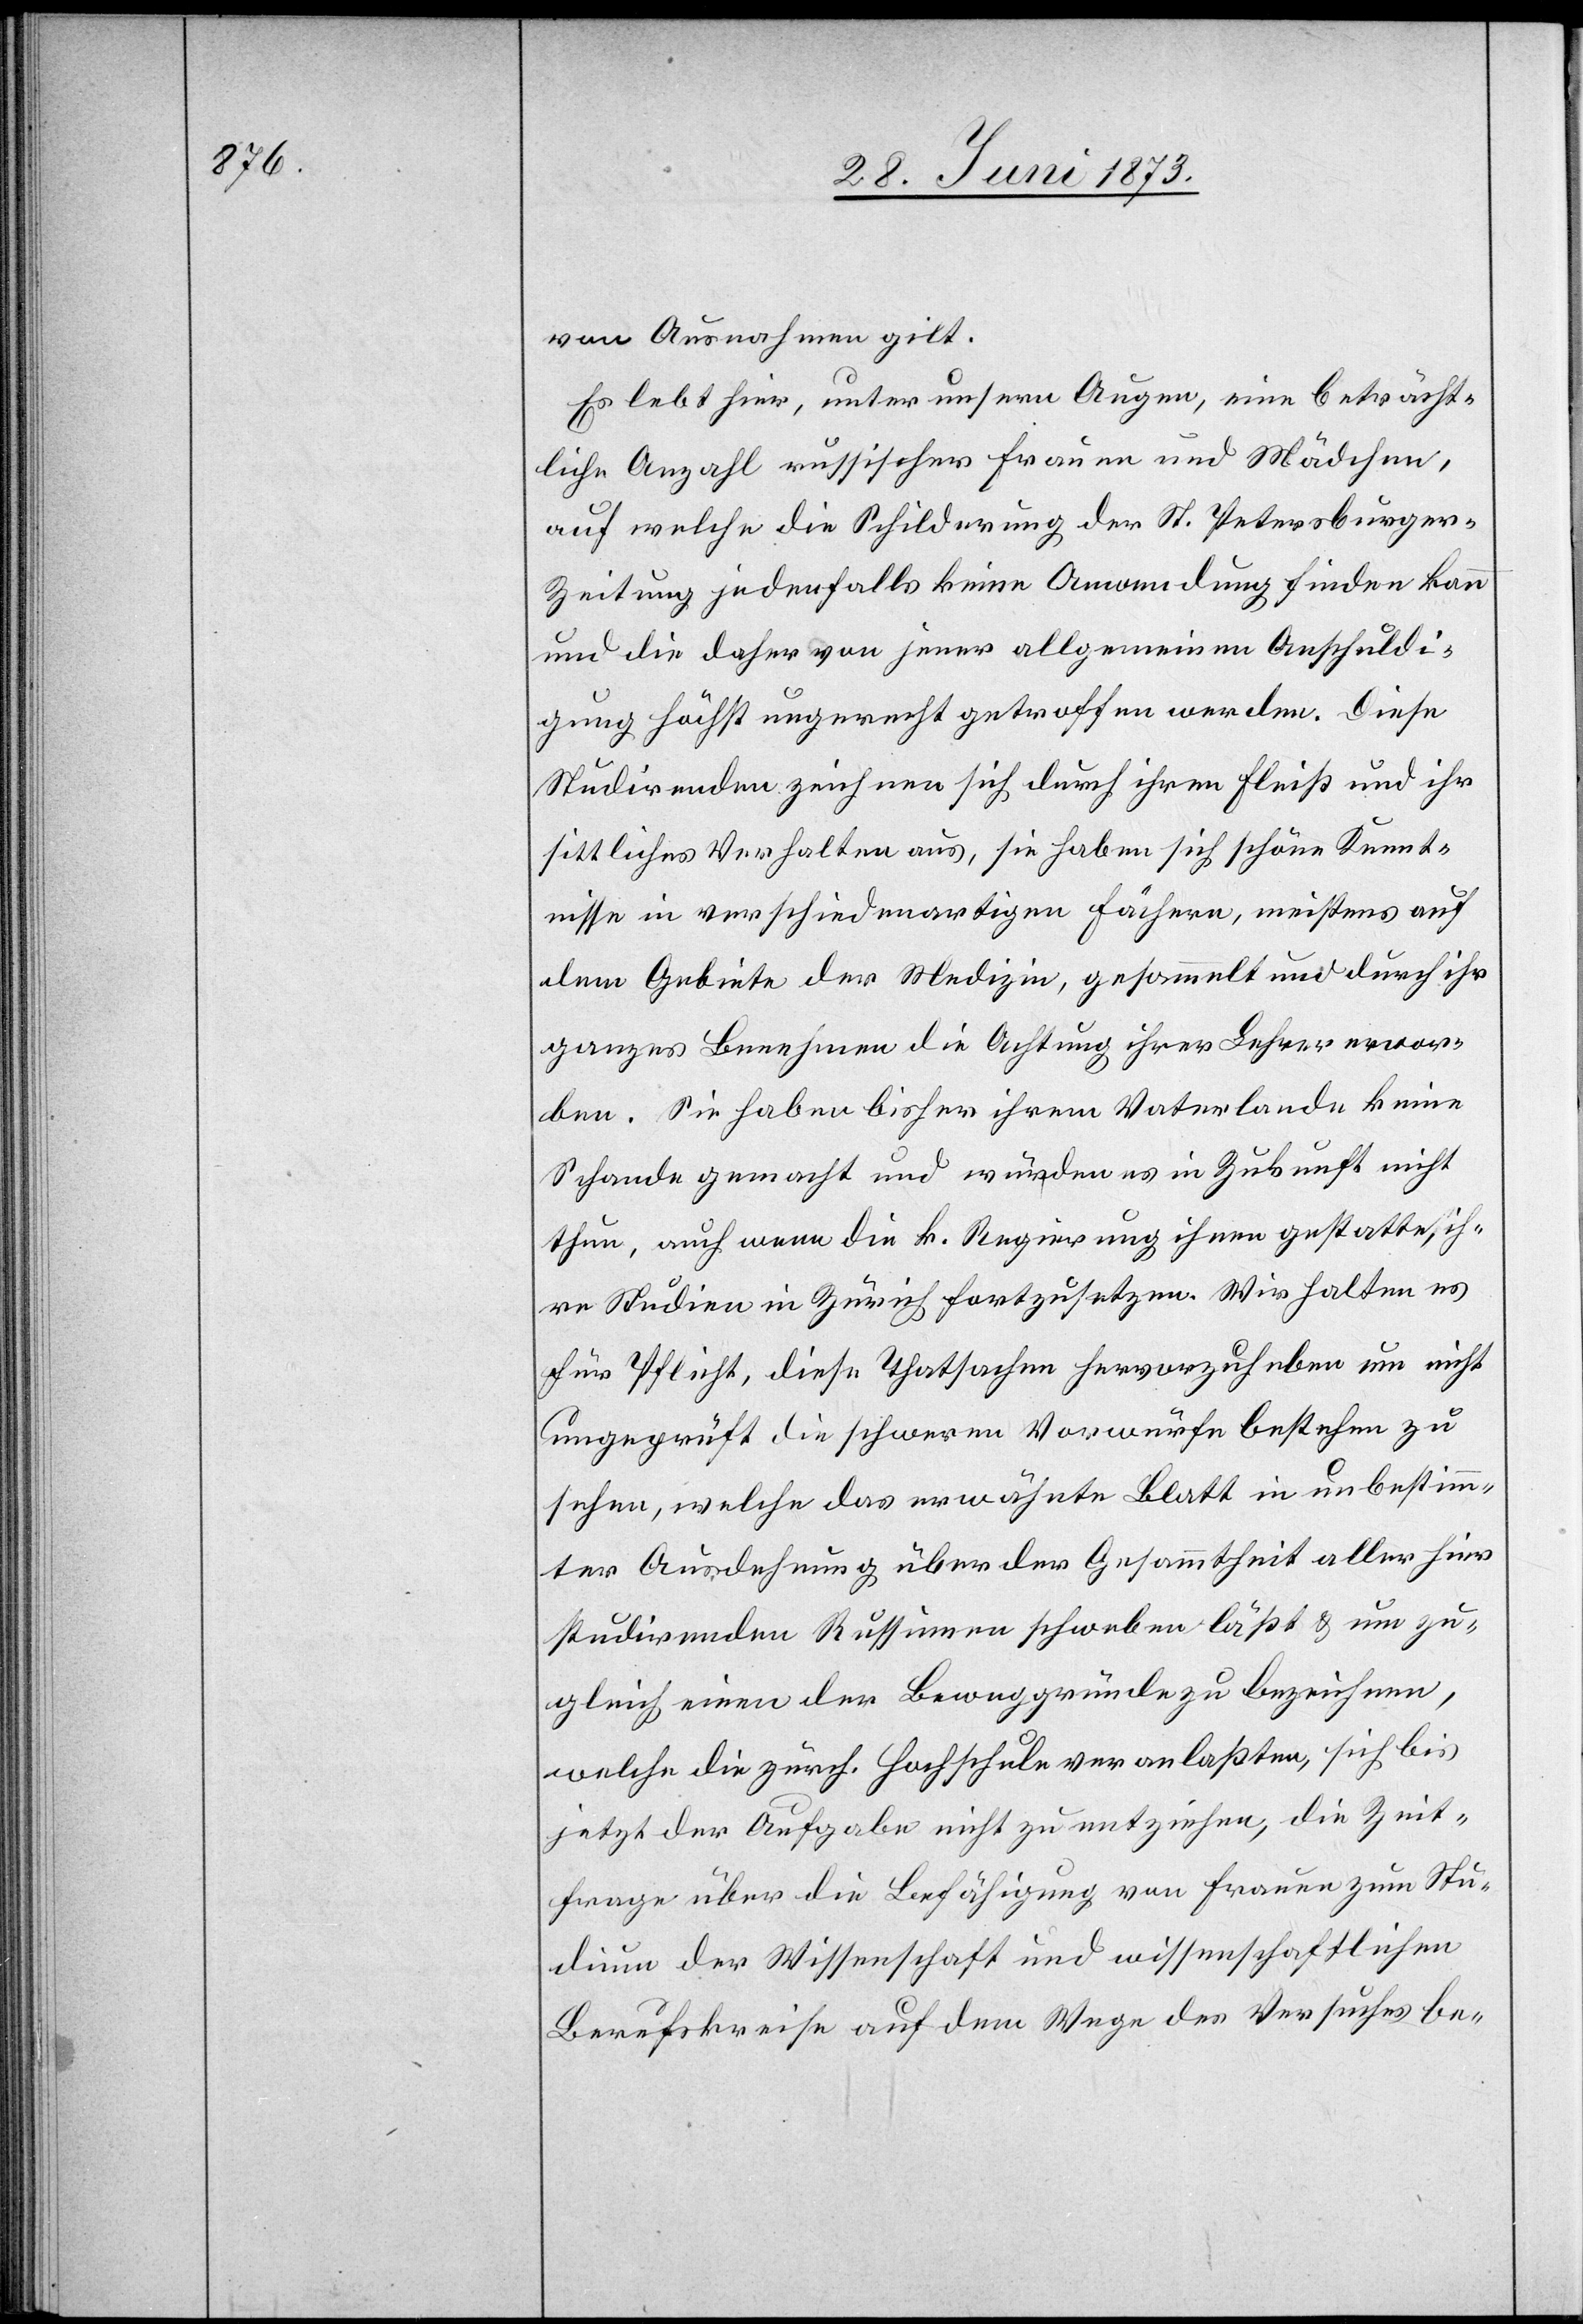
von Ausnahmen gilt.
Es lebt hier, unter unsern Augen, eine beträcht¬
liche Anzahl russischer Frauen und Mädchen,
auf welche die Schilderung der St. Petersburger-Z¬
eitung jedenfalls keine Anwendung finden kann
und die daher von jener allgemeinen Anschuldi¬
gung höchst ungerecht getroffen werden. Diese
Studirenden zeichnen sich durch ihren Fleiß und ihr
sittliches Verhalten aus, sie haben sich schöne Kennt¬
nisse in verschiedenartigen Fächern, meistens auf
dem Gebiete der Medizin, gesammelt und durch ihr
ganzes Benehmen die Achtung ihrer Lehrer erwor¬
ben. Sie haben bisher ihrem Vaterlande keine
Schande gemacht und würden es in Zukunft nicht
thun, auch wenn die k. Regierung ihnen gestatte, ih¬
re Studien in Zürich fortzusetzen. Wir halten es
für Pflicht, diese Thatsachen hervorzuheben um nicht
ungeprüft die schweren Vorwürfe bestehen zu
sehen, welche das erwähnte Blatt in unbestimm¬
ter Ausdehnung über der Gesammtheit aller hier
studirenden Russinnen schweben läßt & um zu¬
gleich einen der Beweggründe zu bezeichnen,
welche die zürch. Hochschule veranlaßten, sich bis
jetzt der Aufgabe nicht zu entziehen, die Zeit¬
frage über die Befähigung von Frauen zum Stu¬
dium der Wissenschaft und wissenschaftlichen
Berufskreise auf dem Wege des Versuches be-